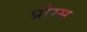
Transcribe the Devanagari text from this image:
प्रोम्स